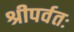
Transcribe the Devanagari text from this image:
श्रीपर्वतः